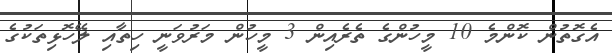
އެގޮތުން ކޮންމެ 10 މީހުންގެ ތެރެއިން 3 މީހުން މަރުވަނީ ހިތާއި ލޭހޮޅިތަކުގެ